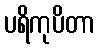
ပရိကုပိတာ